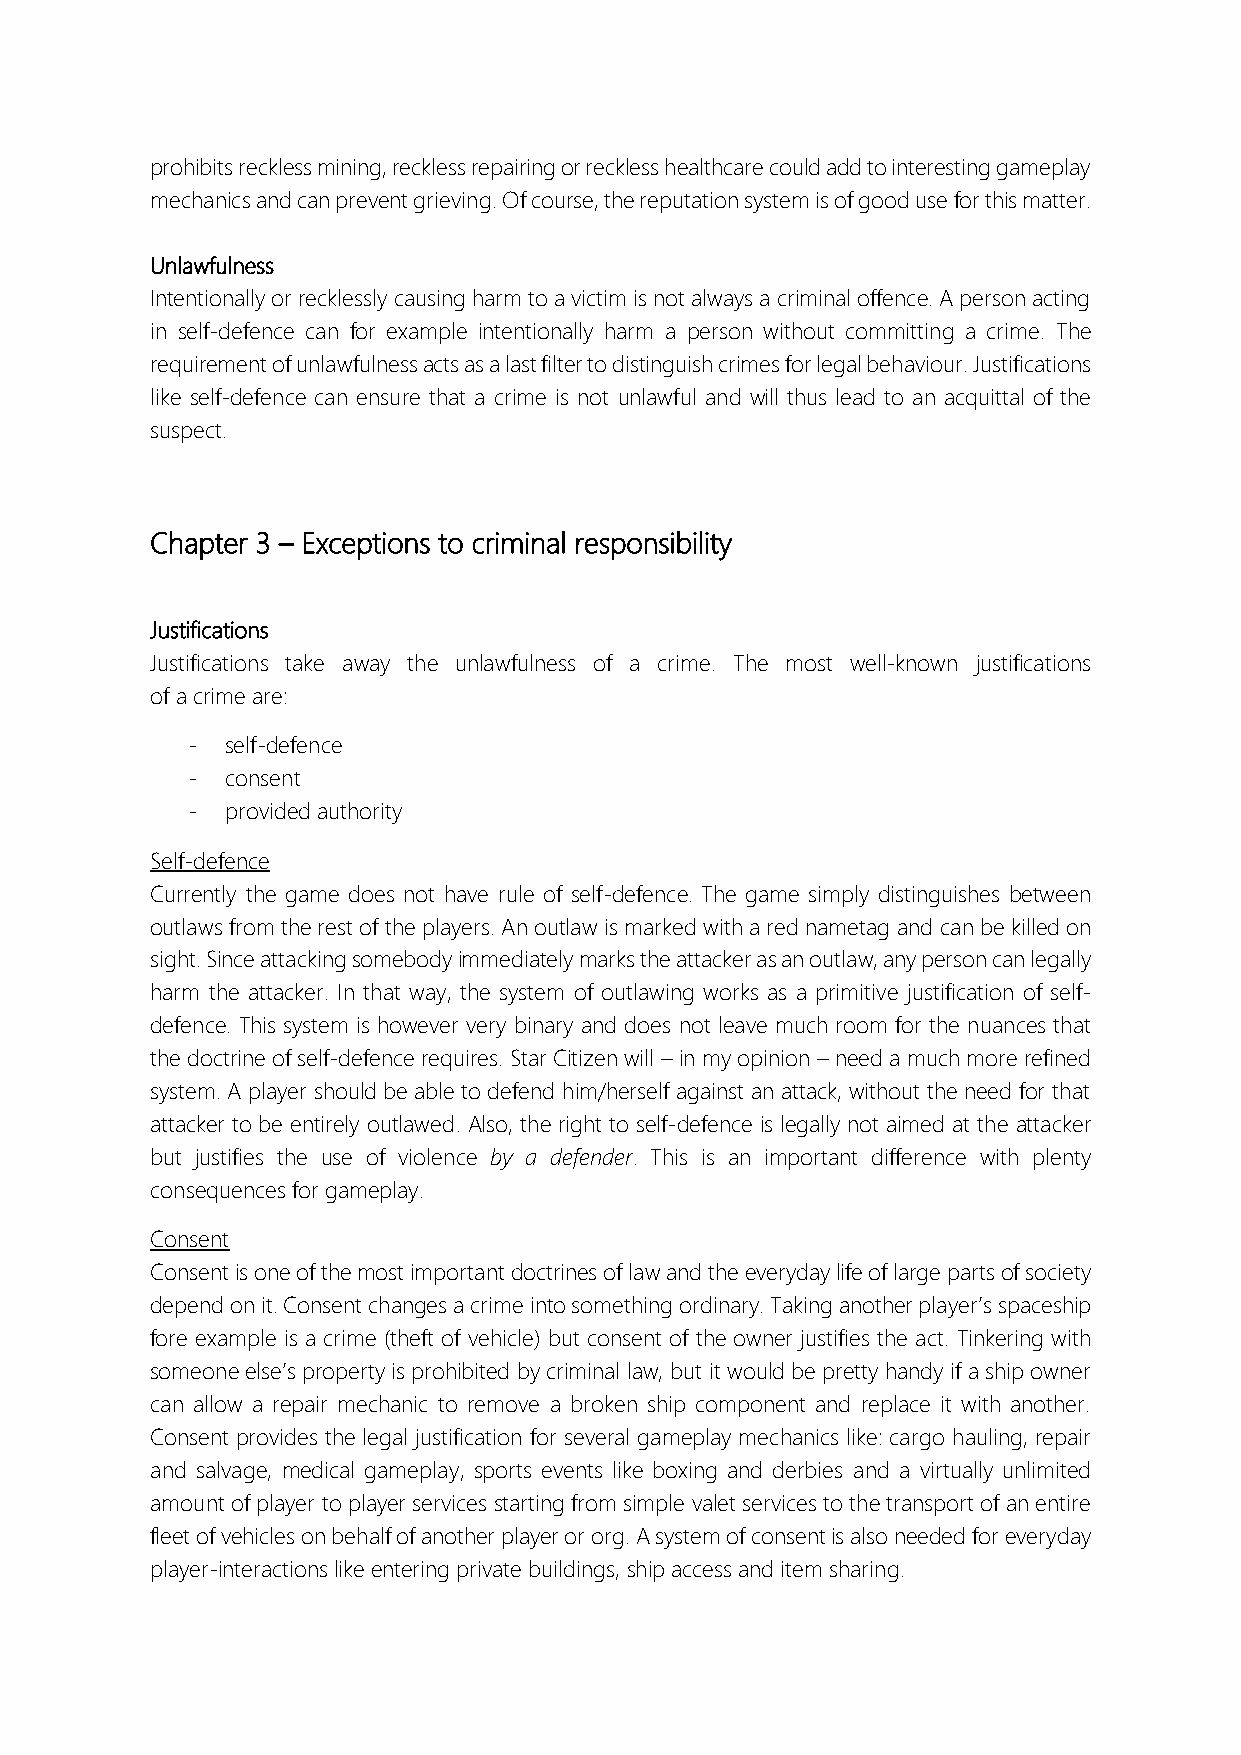
prohibits reckless mining, reckless repairing or reckless healthcare could add to interesting gameplay
 mechanics and can prevent grieving. Of course, the reputation system is of good use for this matter.
 Unlawfulness
 Intentionally or recklessly causing harm to a victim is not always a criminal offence. A person acting
 in self-defence can for example intentionally harm a person without committing a crime. The
 requirement of unlawfulness acts as a last filter to distinguish crimes for legal behaviour. Justifications
 like self-defence can ensure that a crime is not unlawful and will thus lead to an acquittal of the
 suspect.
 Chapter 3 – Exceptions to criminal responsibility
 Justifications
 Justifications take away the unlawfulness of a crime. The most well-known justifications
 of a crime are:
 -  self-defence
 -  consent
 -  provided authority
 Self-defence
 Currently the game does not have rule of self-defence. The game simply distinguishes between
 outlaws from the rest of the players. An outlaw is marked with a red nametag and can be killed on
 sight. Since attacking somebody immediately marks the attacker as an outlaw, any person can legally
 harm the attacker. In that way, the system of outlawing works as a primitive justification of self-
 defence. This system is however very binary and does not leave much room for the nuances that
 the doctrine of self-defence requires. Star Citizen will – in my opinion – need a much more refined
 system. A player should be able to defend him/herself against an attack, without the need for that
 attacker to be entirely outlawed. Also, the right to self-defence is legally not aimed at the attacker
 but justifies the use of violence by a defender. This is an important difference with plenty
 consequences for gameplay.
 Consent
 Consent is one of the most important doctrines of law and the everyday life of large parts of society
 depend on it. Consent changes a crime into something ordinary. Taking another player’s spaceship
 fore example is a crime (theft of vehicle) but consent of the owner justifies the act. Tinkering with
 someone else’s property is prohibited by criminal law, but it would be pretty handy if a ship owner
 can allow a repair mechanic to remove a broken ship component and replace it with another.
 Consent provides the legal justification for several gameplay mechanics like: cargo hauling, repair
 and salvage, medical gameplay, sports events like boxing and derbies and a virtually unlimited
 amount of player to player services starting from simple valet services to the transport of an entire
 fleet of vehicles on behalf of another player or org. A system of consent is also needed for everyday
 player-interactions like entering private buildings, ship access and item sharing.